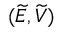
( \widetilde E , \widetilde V )